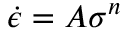
{ \dot { \epsilon } } = A \sigma ^ { n }